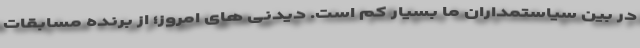
در بین سیاستمداران ما بسیار کم است. دیدنی های امروز؛ از برنده مسابقات